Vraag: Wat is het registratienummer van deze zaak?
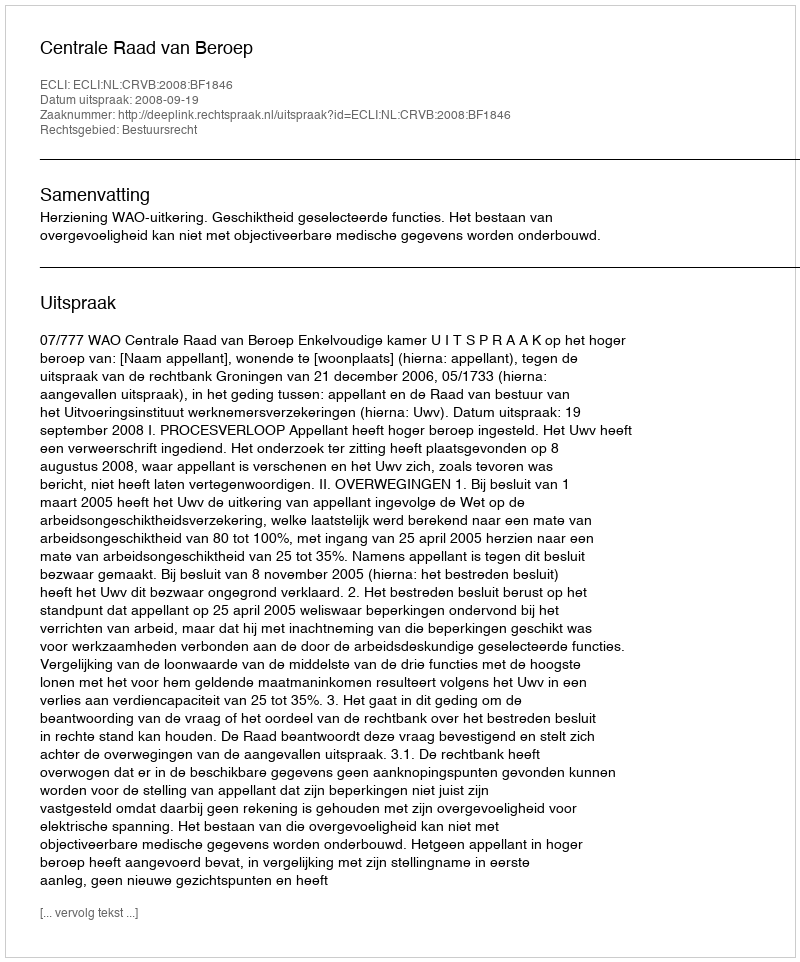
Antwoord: http://deeplink.rechtspraak.nl/uitspraak?id=ECLI:NL:CRVB:2008:BF1846